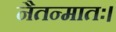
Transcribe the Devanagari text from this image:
नैतन्मातः।